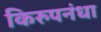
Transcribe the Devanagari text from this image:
किरुपनंधा